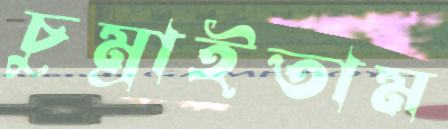
চুম্‌রাইতাম